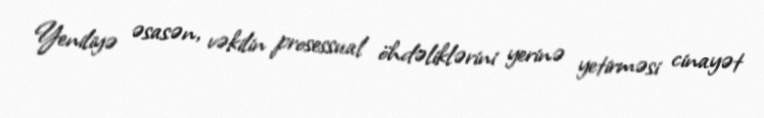
Yeniliyə əsasən, vəkilin prosessual öhdəliklərini yerinə yetirməsi cinayət